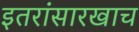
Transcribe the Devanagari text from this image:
इतरांसारखाच